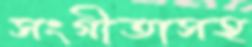
সংগীতাসহ